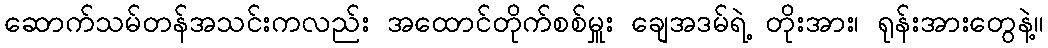
ဆောက်သမ်တန်အသင်းကလည်း အထောင်တိုက်စစ်မှူး ချေအဒမ်ရဲ့ တိုးအား၊ ရုန်းအားတွေနဲ့။